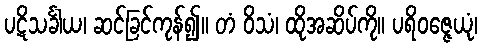
ပဋိသင်္ခါယ၊ ဆင်ခြင်ကုန်၍။ တံ ဝိသံ၊ ထိုအဆိပ်ကို။ ပရိဝဇ္ဇေယုံ၊